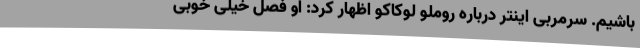
باشیم. سرمربی اینتر درباره روملو لوکاکو اظهار کرد: او فصل خیلی خوبی